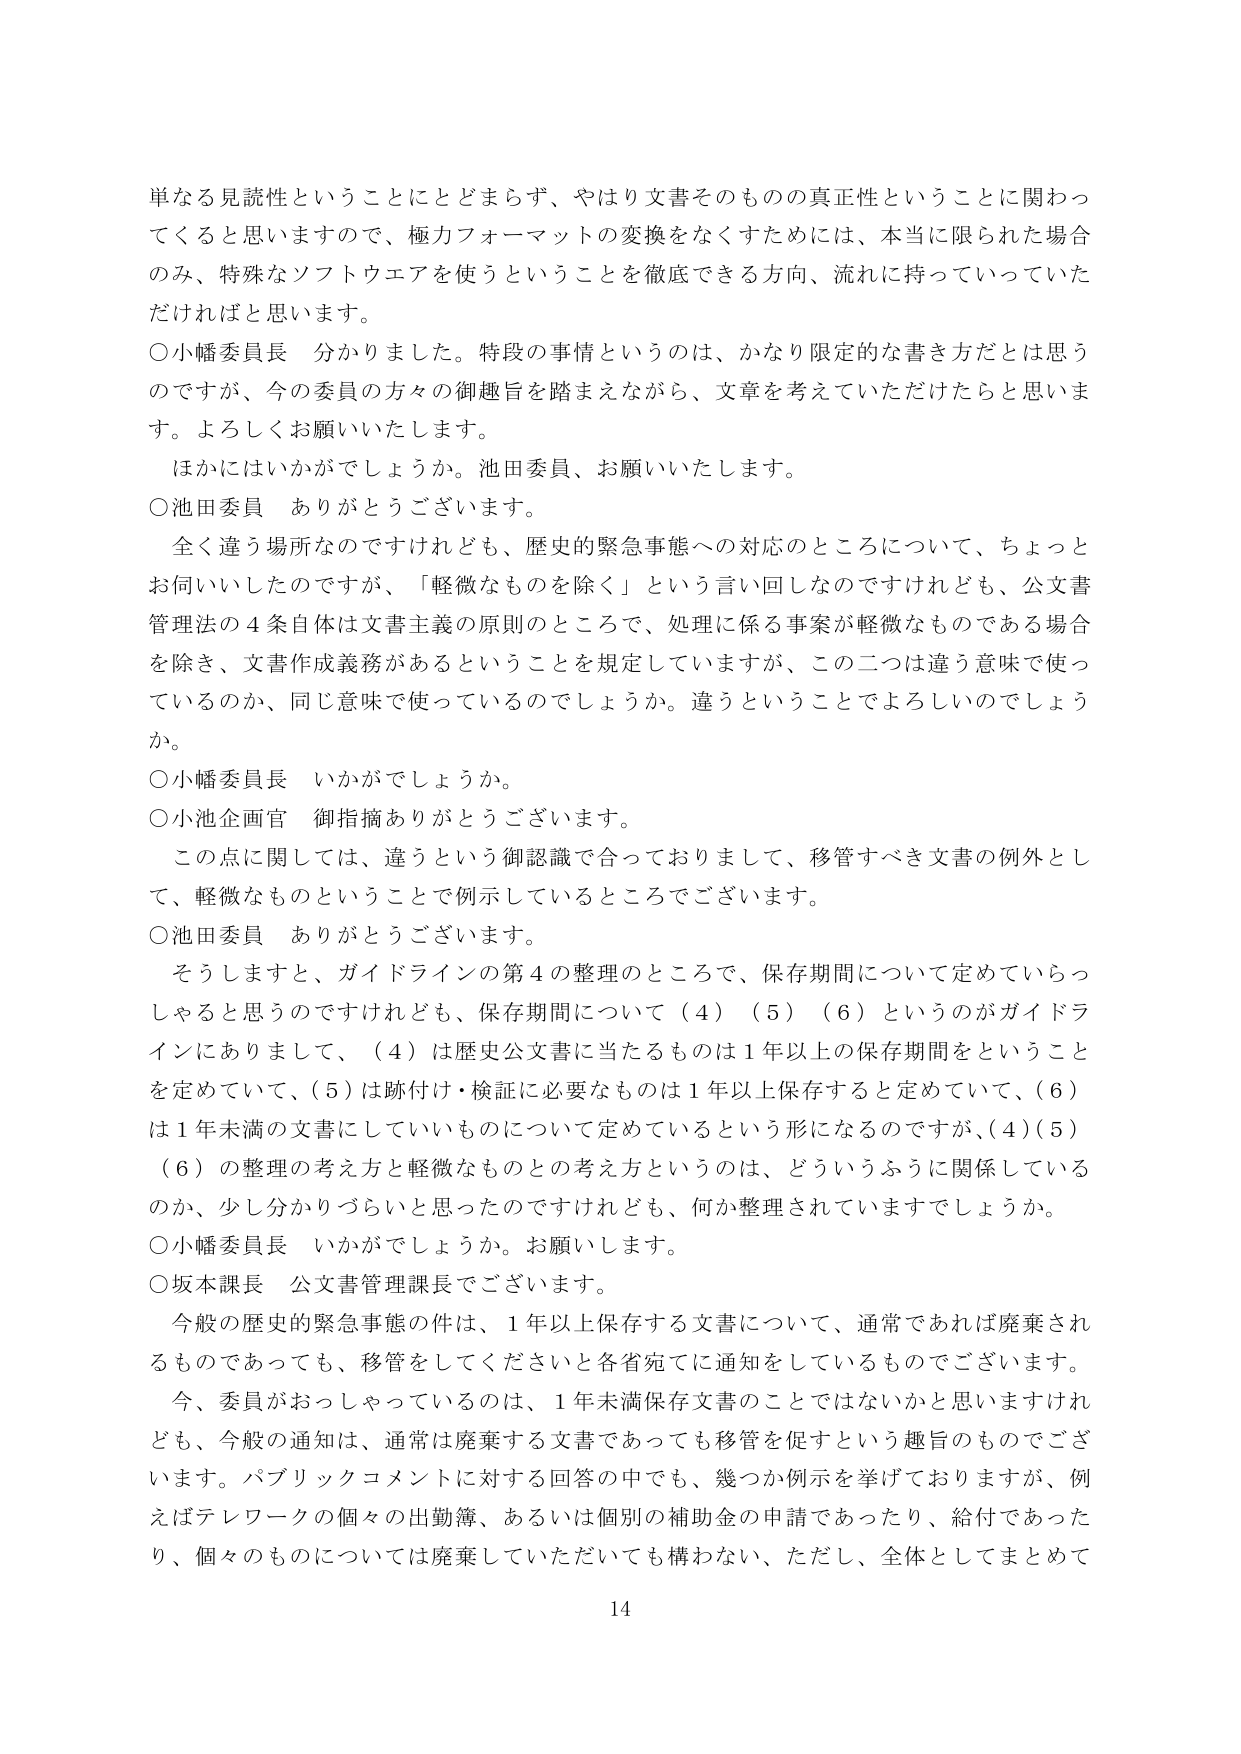
単なる見読性ということにとどまらず、やはり文書そのものの真正性ということに関わってくると思いますので、極力フォーマットの変換をなくすためには、本当に限られた場合のみ、特殊なソフトウエアを使うということを徹底できる方向、流れに持っていっていただければと思います。

○小幡委員長　分かりました。特段の事情というのは、かなり限定的な書き方だとは思うのですが、今の委員の方々の御趣旨を踏まえながら、文章を考えていただけたらと思います。よろしくお願いいたします。

　ほかにはいかがでしょうか。池田委員、お願いいたします。

○池田委員　ありがとうございます。

　全く違う場所なのですけれども、歴史的緊急事態への対応のところについて、ちょっとお伺いしたのですが、「軽微なもの」を除く」という言い回しなのですけれども、公文書管理法の４条自体は文書主義の原則のところで、処理に係る事案が軽微なものである場合を除き、文書作成義務があるということを規定していますが、この二つは違う意味で使っているのか、同じ意味で使っているのでしょうか。違うということでよろしいのでしょうか。

○小幡委員長　いかがでしょうか。

○小池企画官　御指摘ありがとうございます。

　この点に関しては、違うという御認識で合っておりますし、移管すべき文書の例外として、軽微なものということで例示しているところでございます。

○池田委員　ありがとうございます。

　そうしますと、ガイドラインの第４の整理のところで、保存期間について定めていらっしゃると思うのですけれども、保存期間について（４）（５）（６）というのがガイドラインにありまして、（４）は歴史公文書に当たるものは１年以上の保存期間をということを定めていて、（５）は跡付け・検証に必要なものは１年以上保存すると定めていて、（６）は１年未満の文書にしていいものについて定めているという形になるのですが、（４）（５）（６）の整理の考え方と軽微なものとの考え方というのは、どういうふうに関係しているのか、少し分かりづらいと思ったのですけれども、何か整理されていますでしょうか。

○小幡委員長　いかがでしょうか。お願いします。

○坂木課長　公文書管理課長でございます。

　今般の歴史的緊急事態の件は、１年以上保存する文書について、通常であれば廃棄されるものであっても、移管をしてくださいと各省宛てに通知をしているものでございます。

　今、委員がおっしゃっているのは、１年未満保存文書のことではないかと思いますけれども、今般の通知は、通常は廃棄する文書であっても移管を促すという趣旨のものでございます。パブリックコメントに対する回答の中でも、幾つか例示を挙げておりますが、例えばテレワークの個々の出勤簿、あるいは個別の補助金の申請であったり、給付であったり、個々のものについては廃棄していただいても構わない、ただし、全体としてまとめて

14